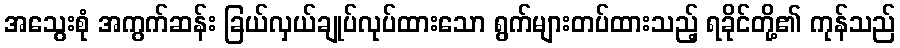
အသွေးစုံ အကွက်ဆန်း ခြယ်လှယ်ချုပ်လုပ်ထားသော ရွက်များတပ်ထားသည့် ရခိုင်တို့၏ ကုန်သည်